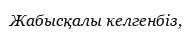
Жабысқалы келгенбіз,